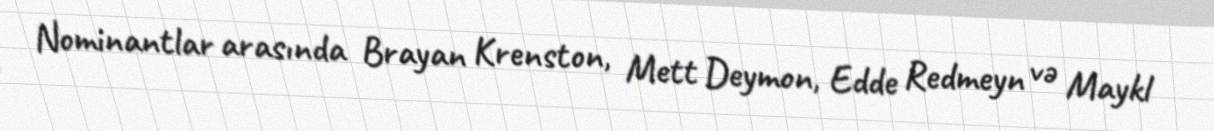
Nominantlar arasında Brayan Krenston, Mett Deymon, Edde Redmeyn və Maykl